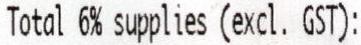
TOTAL 6% SUPPLIES (EXCL. GST):